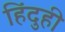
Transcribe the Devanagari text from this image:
हिंदुही